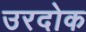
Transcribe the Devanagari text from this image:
उरदोक